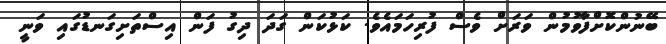
ބޭނުންކޮށްފާވުމުން ވަރަށް ވެސް ފުރިހަމައެވެ. ކަޅުކަން ގަދަ ދިގު ފަން އިސްތަށިގަނޑުގައި ވަނީ